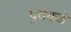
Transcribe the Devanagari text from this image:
पुर्वकडे